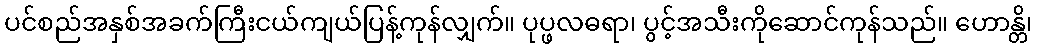
ပင်စည်အနှစ်အခက်ကြီးငယ်ကျယ်ပြန့်ကုန်လျှက်။ ပုပ္ဖလဓရာ၊ ပွင့်အသီးကိုဆောင်ကုန်သည်။ ဟောန္တိ၊